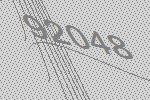
92048